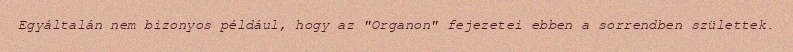
Egyáltalán nem bizonyos például, hogy az "Organon" fejezetei ebben a sorrendben születtek.